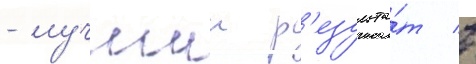
- лучшии р'езульта́т в